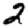
Digit: 2